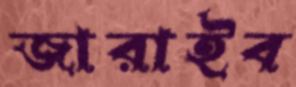
জারাইব